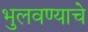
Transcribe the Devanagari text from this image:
भुलवण्याचे